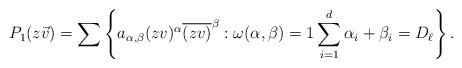
LaTeX: \begin{align*} P_1(z\vec{v}) = \sum \left\{ a_{\alpha,\beta} (zv)^{\alpha}\overline{(zv)}^\beta : \omega(\alpha,\beta) =1 \sum_{i=1}^d \alpha_i+\beta_i = D_\ell\right\}. \end{align*}